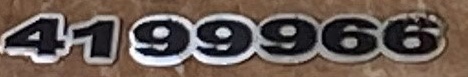
4199966